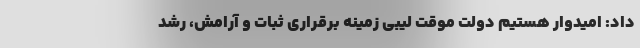
داد: امیدوار هستیم دولت موقت لیبی زمینه برقراری ثبات و آرامش، رشد